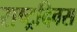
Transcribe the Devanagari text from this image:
राष्ट्रदिवस